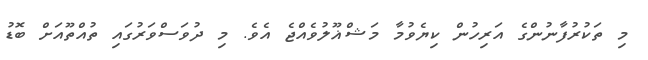
މި ތަކުރުފާނުންގެ އަރިހުން ކިޔެވުމާ މަޝްޣޫލުވެއްޖެ އެވެ. މި ދުވަސްވަރުގައި ތުއްތޫއަށް ބޮޑު